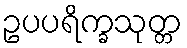
ဥပပရိက္ခသုတ္တ